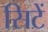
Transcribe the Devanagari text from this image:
सिटें